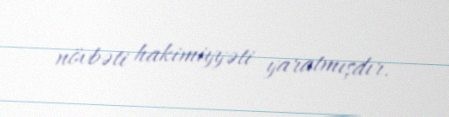
növbəti hakimiyyəti yaratmışdır.